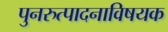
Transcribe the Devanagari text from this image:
पुनरुत्पादनाविषयक